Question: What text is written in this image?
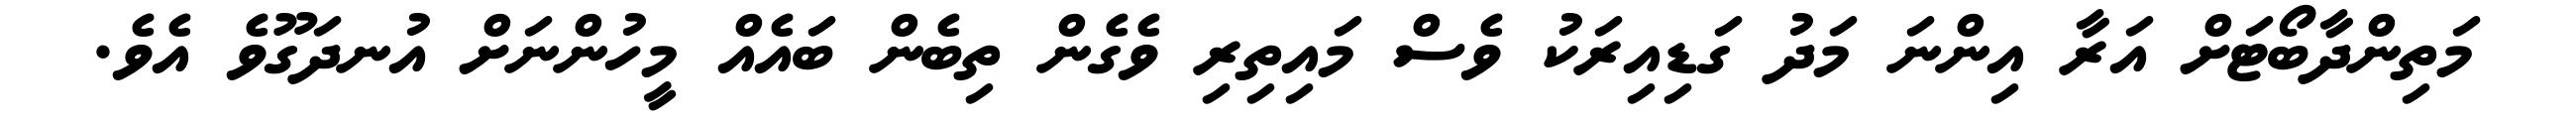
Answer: މަތިންދާބޯޓަށް އަރާ އިންނަ މަދު ގަޑިއިރަކު ވެސް މައިތިރި ވެގެން ތިބެން ބައެއް މީހުންނަށް އުނދަގޫވެ އެވެ.